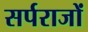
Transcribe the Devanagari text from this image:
सर्पराजों